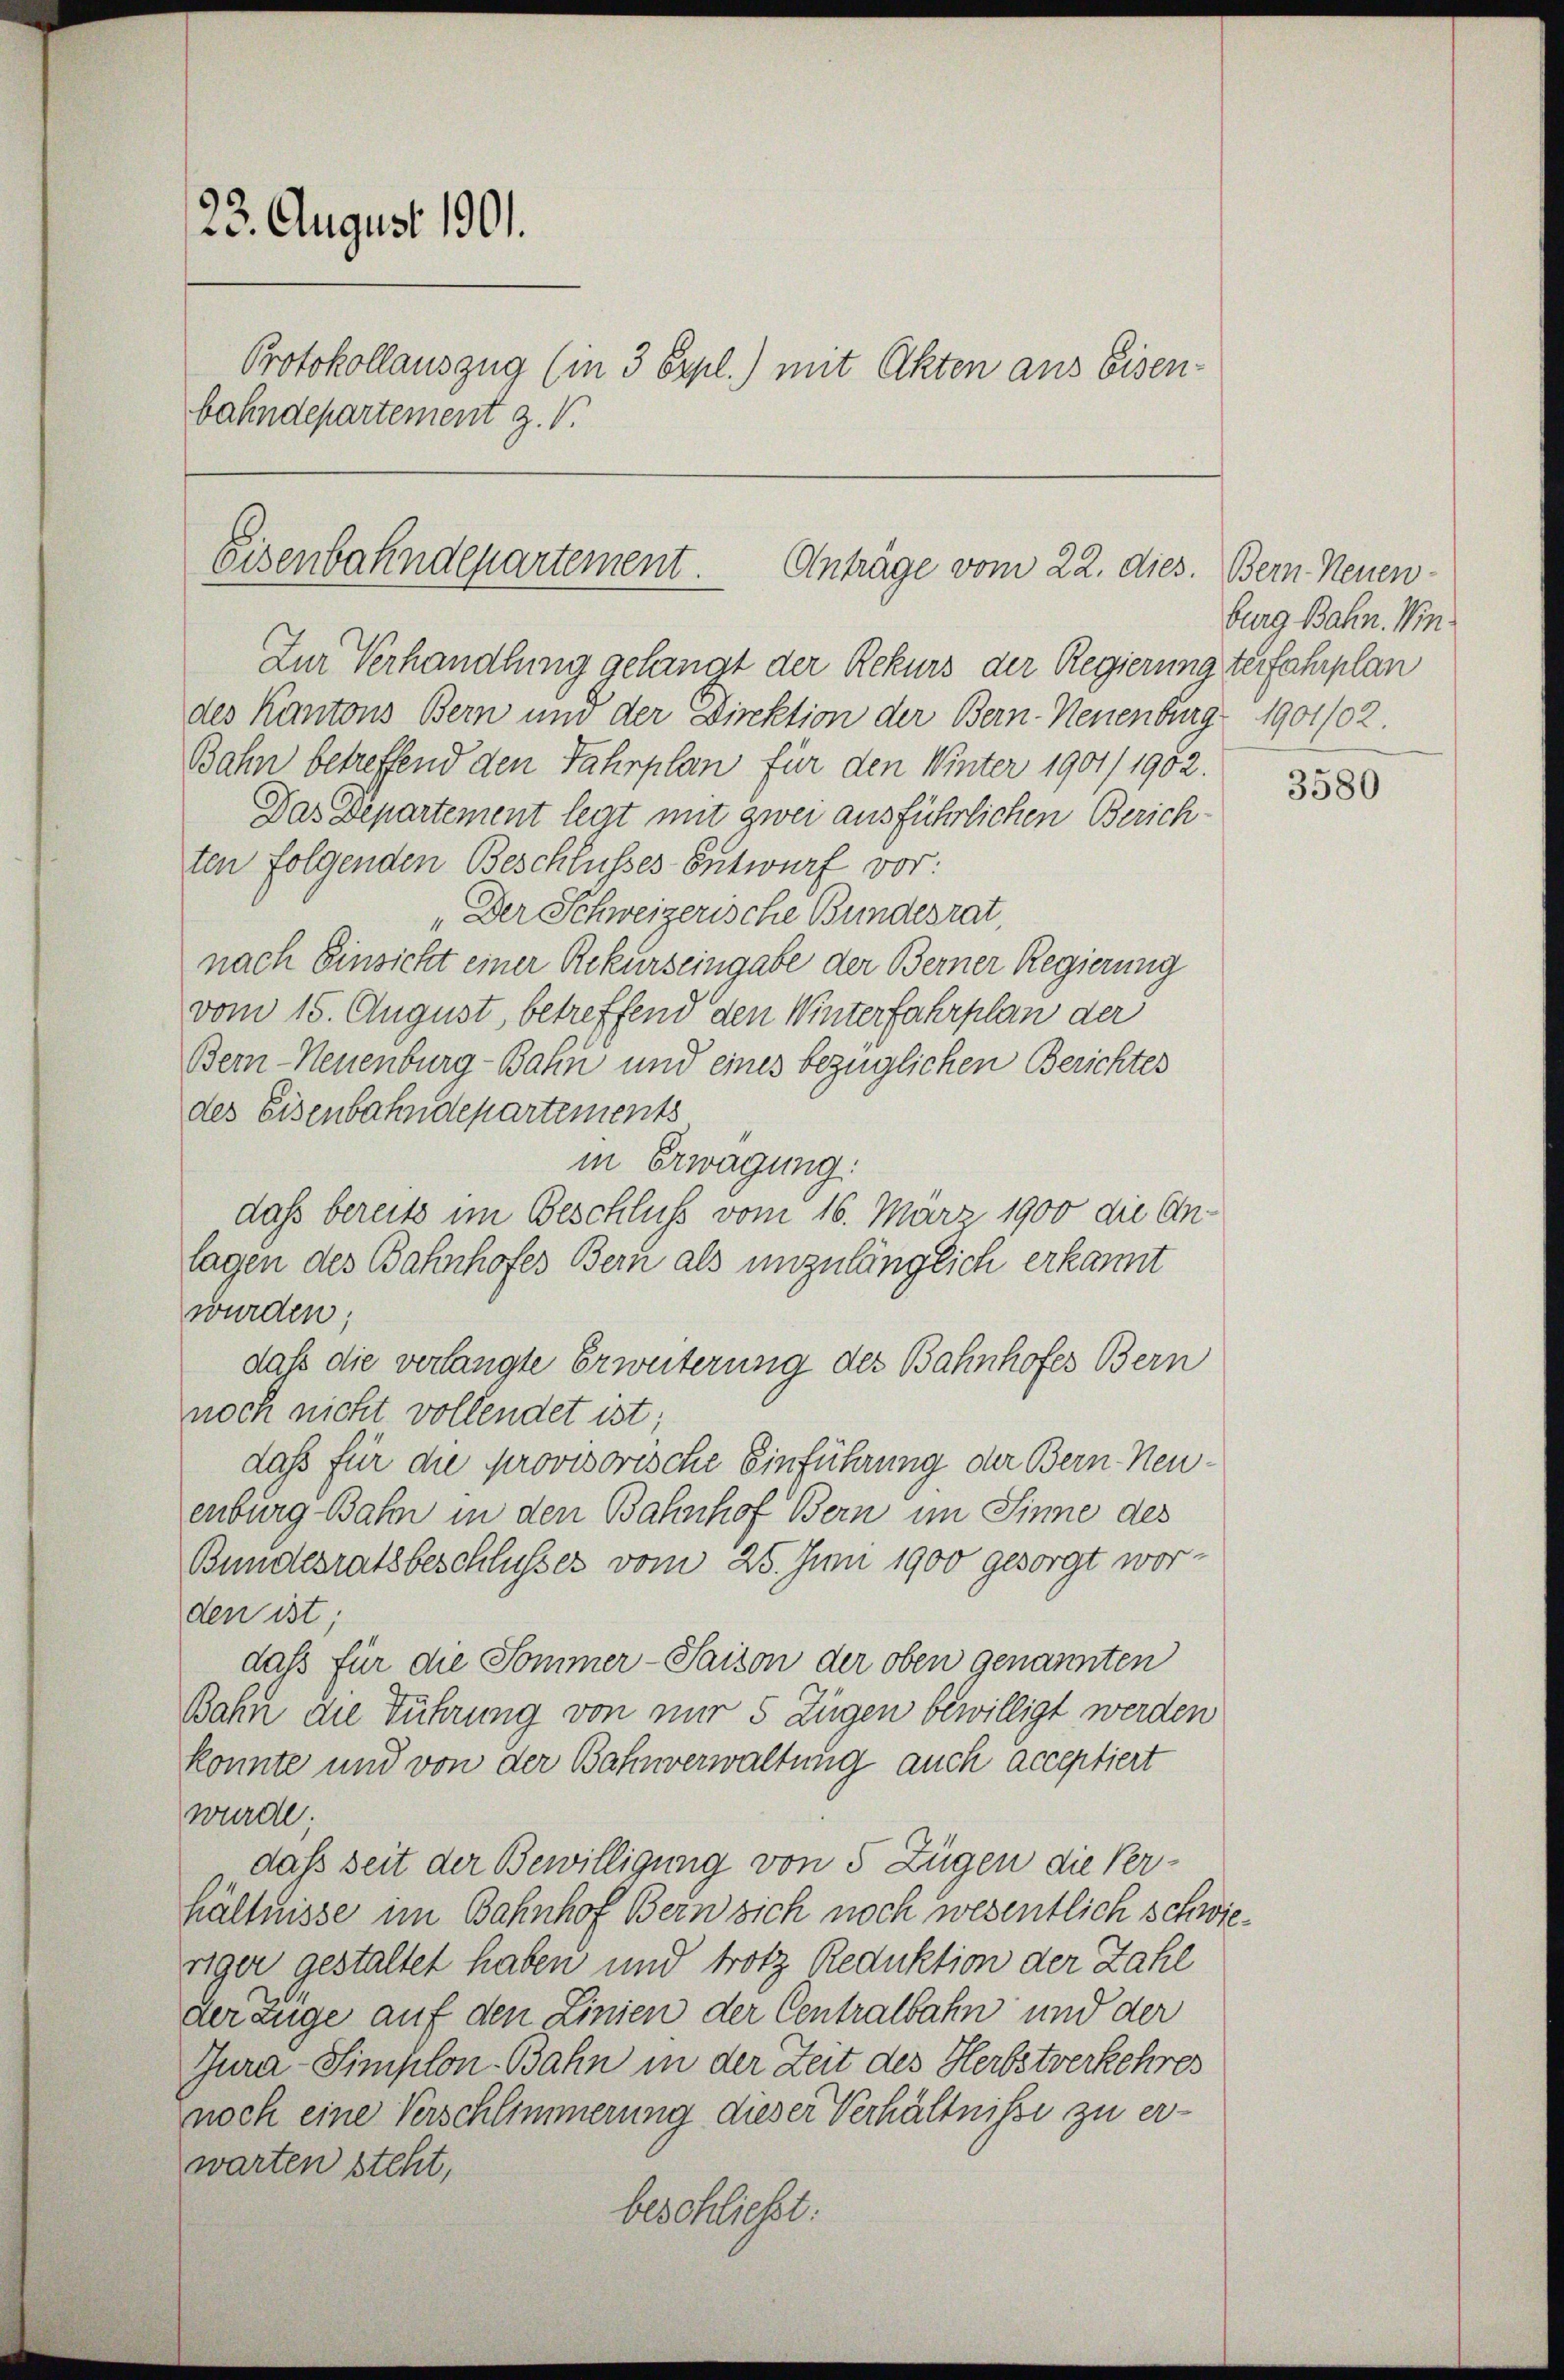
23. August 1901.
Protokollauszug (in 3 Expl.) mit Akten aus Eisen-
bahndepartement z. V.

Eisenbahndepartement. Anträge vom 22. dies.

Zur Verhandlung gelangt der Rekurs der Regierung terfahrplan
des Kantons Bern und der Direktion der Bern-Neuenburg 1901/02.
Bahn betreffend den Jahrplan für den Winter 1901/1902.
Das Departement legt mit zwei ausführlichen Zürich-
ten folgenden Beschlusses Entwurf vor:
„Der Schweizerische Bundesrat.
nach Einsicht einer Rekurseingabe der Berner Regierung
vom 15. August, betreffend den Winterfahrplan der
Bern-Neuenburg-Bahn und eines bezüglichen Berichtes
des Eisenbahndepartements
in Erwägung.
dass bereits im Beschluß vom 16. März 1900 die Anlagen des Bahnhofes Bern als unzulänglich erkannt
wurden;
daß die verlangte Erweiterung des Bahnhofes Bern
noch nicht vollendet ist;
daß für die provisorische Einführung der Bern Neuenburg Bahn in den Bahnhof Bern im Sinne des
Bundesratsbeschlusses vom 25. Juni 1900 gesorgt wor-
den ist;
daß für die Sommer-Paison der oben genannten
Bahn die Führung von nur 5 Zügen bewilligt werden
konnte und von der Bahnverwaltung auch acceptiert
wurde;
dass seit der Bewilligung von 5 Zügen die Ver-
hältnisse im Bahnhof Bern sich noch wesentlich schwieriger gestaltet haben und trotz Reduktion der Zahl
der Züge auf den Linien der Centralbahn und der
Jura-Simplon-Bahn in der Zeit des Herbstverkehres
noch eine Verschlimmerung dieser Verhältnisse zu erwarten steht,
beschließt:

Bern-Neuen-
burg Bahn. Win¬

3580